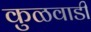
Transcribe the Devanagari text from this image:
कुळवाडी